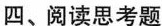
四、阅读思考题